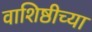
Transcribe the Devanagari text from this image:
वाशिष्ठीच्या